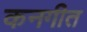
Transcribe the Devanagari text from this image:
कनगीत